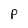
Character: P